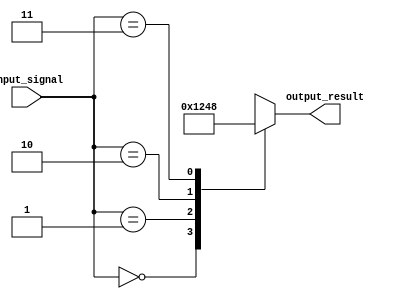
module full_case_statement (
    input wire [1:0] input_signal,
    output reg [3:0] output_result
);

always @(*)
begin
    case (input_signal)
        2'b00: output_result = 4'b0001;
        2'b01: output_result = 4'b0010;
        2'b10: output_result = 4'b0100;
        2'b11: output_result = 4'b1000;
        default: output_result = 4'b1111;
    endcase
end

endmodule